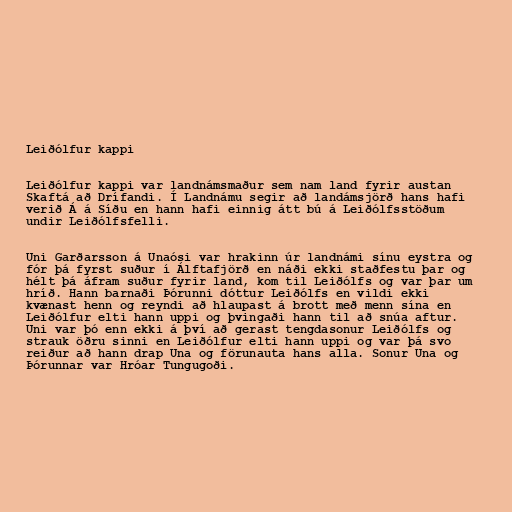
Leiðólfur kappi

Leiðólfur kappi var landnámsmaður sem nam land fyrir austan
Skaftá að Drífandi. Í Landnámu segir að landámsjörð hans hafi
verið Á á Síðu en hann hafi einnig átt bú á Leiðólfsstöðum
undir Leiðólfsfelli.

Uni Garðarsson á Unaósi var hrakinn úr landnámi sínu eystra og
fór þá fyrst suður í Álftafjörð en náði ekki staðfestu þar og
hélt þá áfram suður fyrir land, kom til Leiðólfs og var þar um
hríð. Hann barnaði Þórunni dóttur Leiðólfs en vildi ekki
kvænast henn og reyndi að hlaupast á brott með menn sína en
Leiðólfur elti hann uppi og þvingaði hann til að snúa aftur.
Uni var þó enn ekki á því að gerast tengdasonur Leiðólfs og
strauk öðru sinni en Leiðólfur elti hann uppi og var þá svo
reiður að hann drap Una og förunauta hans alla. Sonur Una og
Þórunnar var Hróar Tungugoði.